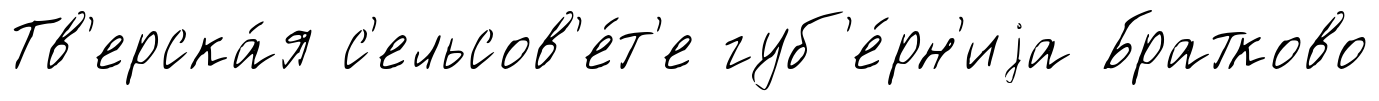
Тв'ерска́я с'ельсов'е́т'е губ'е́рн'иjа Братково